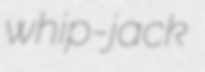
whip-jack